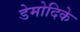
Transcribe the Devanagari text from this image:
डेमोदिके